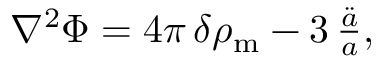
\begin{array} { r } { \nabla ^ { 2 } \Phi = 4 \pi \, \delta \rho _ { \mathrm { m } } - 3 \, \frac { \ddot { a } } { a } , } \end{array}